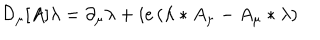
LaTeX: { \cal D } _ { \mu } [ A ] \lambda = \partial _ { \mu } \lambda + i e \left( \lambda * A _ { \mu } - A _ { \mu } * \lambda \right)